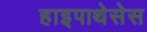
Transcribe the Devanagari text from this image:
हाइपाथेसेस